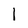
Character: l